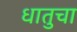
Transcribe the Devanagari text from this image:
धातुचा